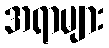
အရာများ